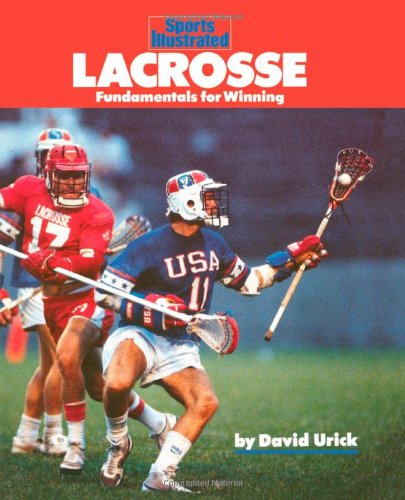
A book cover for Lacrosse: Fundamentals for Winning (Sports Illustrated Winner's Circle Books); David Urick; Sports & Outdoors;